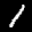
Label: 1